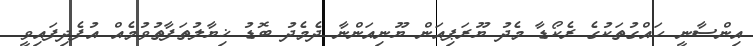
އިންސާނީ ހައްގުތަކުގެ ރެކޯޑާ މެދު ޔޫރަޕިއަން ޔޫނިއަންނާ ދެމެދު ބޮޑު ޚިޔާލުތަފާތުވުމެއް އުފެދިފައިވީ